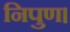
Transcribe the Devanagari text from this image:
निपुण।